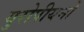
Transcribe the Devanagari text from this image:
युरोपीयनों